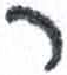
אות: ר